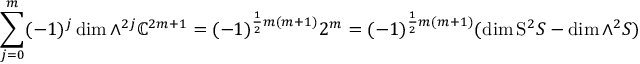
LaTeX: \sum _ { j = 0 } ^ { m } ( - 1 ) ^ { j } \dim \wedge ^ { 2 j } \mathbb { C } ^ { 2 m + 1 } = ( - 1 ) ^ { { \frac { 1 } { 2 } } m ( m + 1 ) } 2 ^ { m } = ( - 1 ) ^ { { \frac { 1 } { 2 } } m ( m + 1 ) } ( \dim \mathrm { S } ^ { 2 } S - \dim \wedge ^ { 2 } S )